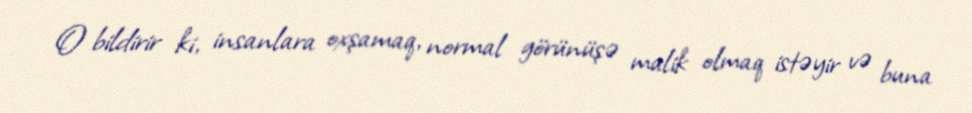
O bildirir ki, insanlara oxşamaq, normal görünüşə malik olmaq istəyir və buna